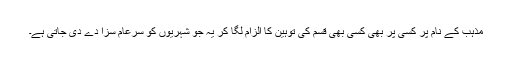
مذہب کے نام پر کسی پر بھی کسی بھی قسم کی توہین کا الزام لگا کر یہ جو شہریوں کو سرعام سزا دے دی جاتی ہے۔